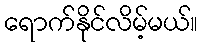
ရောက်နိုင်လိမ့်မယ်။